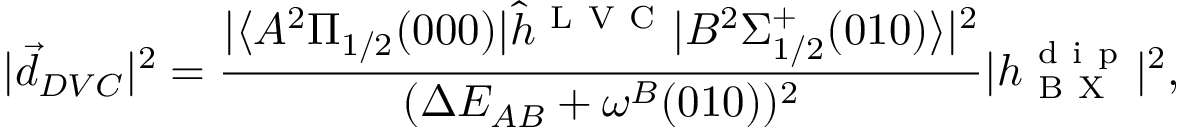
| \Vec { d } _ { D V C } | ^ { 2 } = \frac { | \langle A ^ { 2 } \Pi _ { 1 / 2 } ( 0 0 0 ) | \hat { h } ^ { \mathrm { ~ L ~ V ~ C ~ } } | B ^ { 2 } \Sigma _ { 1 / 2 } ^ { + } ( 0 1 0 ) \rangle | ^ { 2 } } { ( \Delta E _ { A B } + \omega ^ { B } ( 0 1 0 ) ) ^ { 2 } } | h _ { \mathrm { ~ B ~ X ~ } } ^ { \mathrm { ~ d ~ i ~ p ~ } } | ^ { 2 } ,